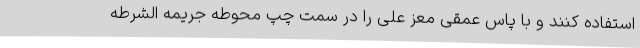
استفاده کنند و با پاس عمقی معز علی را در سمت چپ محوطه جریمه الشرطه